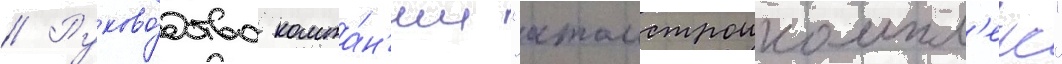
// Руково́дство компа́н'ии "атомстроикомпл'екс"